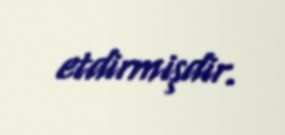
etdirmişdir.